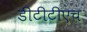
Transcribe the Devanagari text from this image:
डीटीटीएच